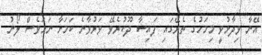
އޭނާ ވިދާޅުވީ މިމަހުގެ ތެރޭގައި ފައިސާ ދޫކުރެވޭ ވަރުވާނެ ކަމަށާ ނަމަވެސް ލޯނު